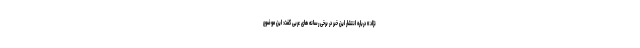
نژاد» درباره انتشار این خبر در برخی رسانه های عربی گفت: این موضوع